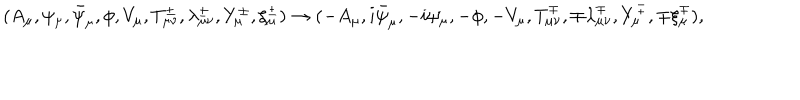
( A _ { \mu } , \psi _ { \mu } , \bar { \psi } _ { \mu } , \phi , V _ { \mu } , T _ { \mu \nu } ^ { \pm } , \lambda _ { \mu \nu } ^ { \pm } , Y _ { \mu } ^ { \pm } , \xi _ { \mu } ^ { \pm } ) \rightarrow ( - A _ { \mu } , i \bar { \psi } _ { \mu } , - i \psi _ { \mu } , - \phi , - V _ { \mu } , T _ { \mu \nu } ^ { \mp } , \mp \lambda _ { \mu \nu } ^ { \mp } , Y _ { \mu } ^ { \mp } , \mp \xi _ { \mu } ^ { \mp } ) ,